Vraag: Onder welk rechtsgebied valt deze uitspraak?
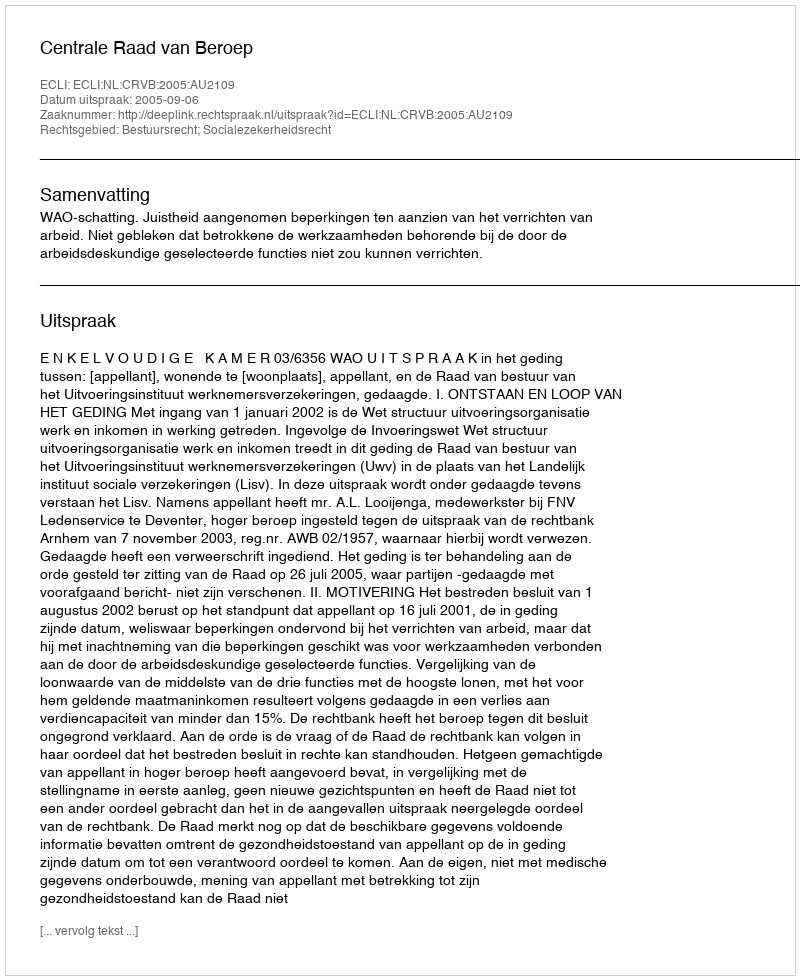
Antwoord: Bestuursrecht; Socialezekerheidsrecht